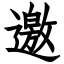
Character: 邀